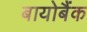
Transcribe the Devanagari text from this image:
बायोबैंक